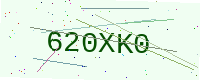
Text: 620XK0